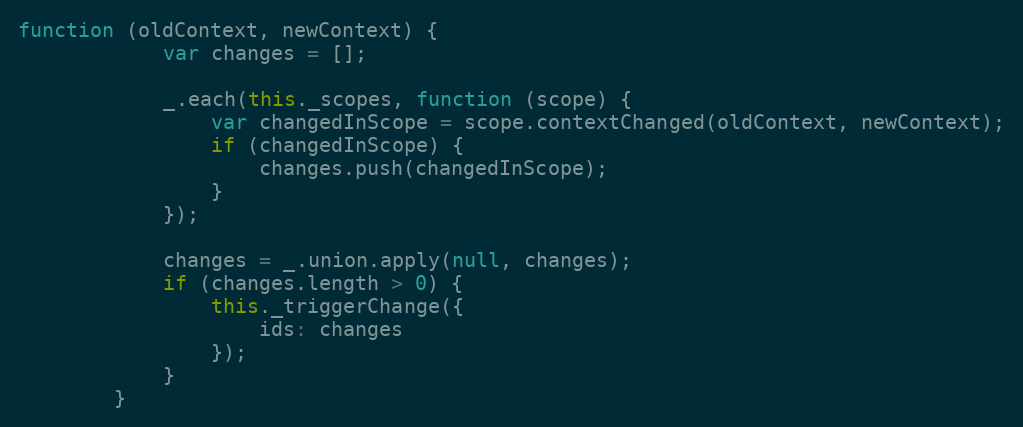
Language: JavaScript
function (oldContext, newContext) {
            var changes = [];

            _.each(this._scopes, function (scope) {
                var changedInScope = scope.contextChanged(oldContext, newContext);
                if (changedInScope) {
                    changes.push(changedInScope);
                }
            });

            changes = _.union.apply(null, changes);
            if (changes.length > 0) {
                this._triggerChange({
                    ids: changes
                });
            }
        }